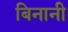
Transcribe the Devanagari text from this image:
बिनानी